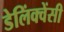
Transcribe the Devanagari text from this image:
डेलिंक्वेंसी